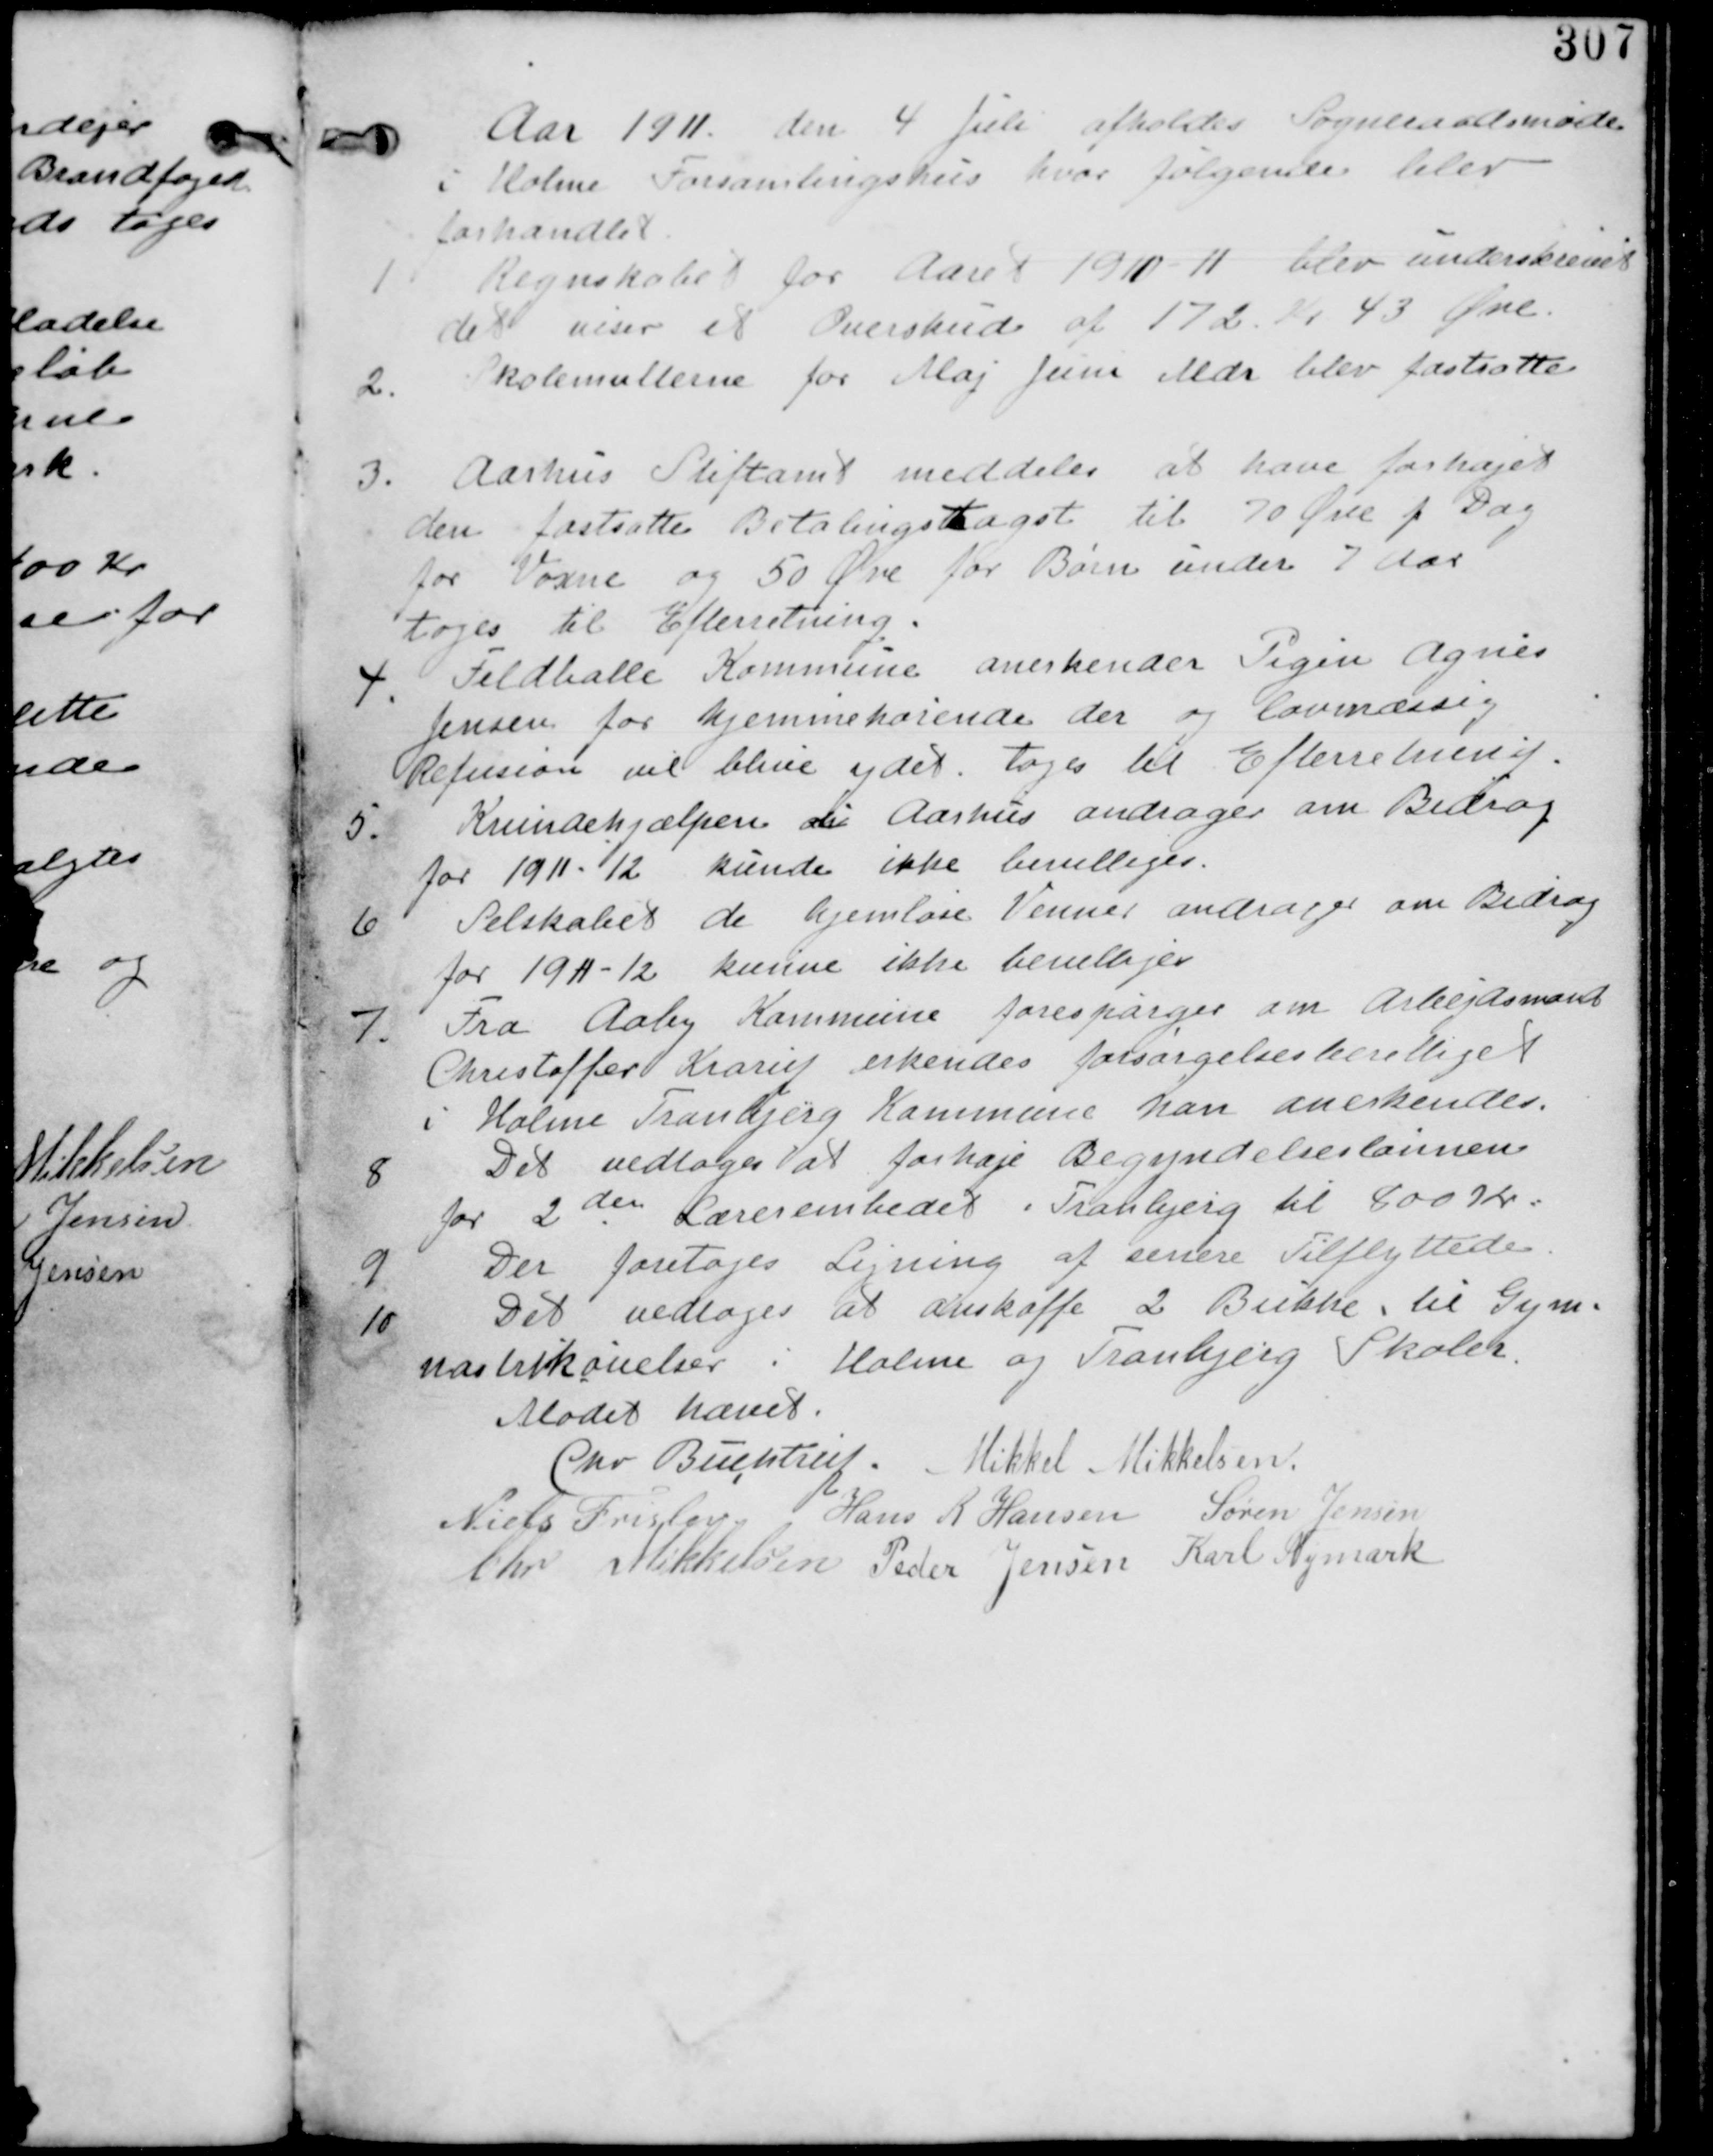
Transskription:
Aar 1911 den 4 Juli afholdes Sogneraadsmøde
i Holme Forsamlingshus hvor følgende blev
forhandlet

1.
Regnskabet for Aaret 1910-11 blev underskrevet
det viser er Overskud af 172 Kr 43 Øre

2.
Skolemulterne for Maj Juni Mdr blev fastsatte.

3. Aarhus Stiftamt meddeler at have forhøjet
den fastsatte Betalingstagst til 70 Øre p Dag
for Voxne og 50 Øre for Børn under 7 Aar
tages til Efterretning.

4. Feldballe Kommune anerkender Pigen Agnes
Jensen for hjemmehørende der og lovmæssig
Refusion vil blive ydet. tages til Efterretning.

5. Kvindehjælpen i Aarhus andrager om Bidrag
for 1911-12. kunne ikke bevilliges.

6. Selskabet de hjemløse Venner andrager om Bidrag
for 1911-12. kunne ikke bevilliges.

7.
Fra Aaby Kommune forespørges om Arbejdsmand
Cristoffer Krarup erkendes forsørgelsesberettiget
i Holme Tranbjerg Kommune han anerkendes.

8.
Det vedtages at forhøje Begyndelseslønnen
for 2den Lærerembedet i Tranbjerg til 800 Kr.

9. Der foretages Ligning af senere tilflyttede.

10.
Det vedtages at anskaffe 2 Bukke til Gym-
nastikøvelser i Holme og Tranbjerg Skoler.

Mødet hævet
Chr Buchtrup. Mikkel Mikkelsen
Niels Frislev Hans R Hansen Søren Jensen
Chr. Mikkelsen. Peder Jensen Karl Nymark